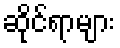
ဆိုင်ရာများ